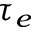
\tau _ { e }